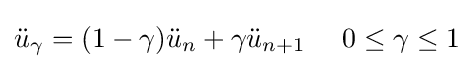
{\ddot {u}}_{\gamma }=(1-\gamma ){\ddot {u}}_{n}+\gamma {\ddot {u}}_{n+1}~~~~0\leq \gamma \leq 1